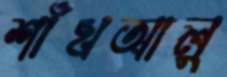
শাঁখআলু